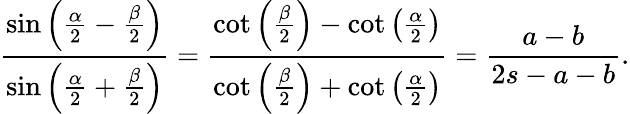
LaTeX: {\frac{\sin\left({\frac{\alpha}{2}}-{\frac{\beta}{2}}\right)}{\sin\left({\frac{\alpha}{2}}+{\frac{\beta}{2}}\right)}}={\frac{\cot\left({\frac{\beta}{2}}\right)-\cot\left({\frac{\alpha}{2}}\right)}{\cot\left({\frac{\beta}{2}}\right)+\cot\left({\frac{\alpha}{2}}\right)}}={\frac{a-b}{2s-a-b}}.